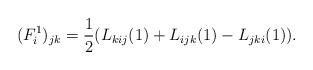
LaTeX: \begin{align*}(F^{1}_i)_{jk}= \frac{1}{2}(L_{kij}(1)+L_{ijk}(1)-L_{jki}(1)).\end{align*}